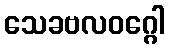
သေခဗလဝဂ္ဂေါ